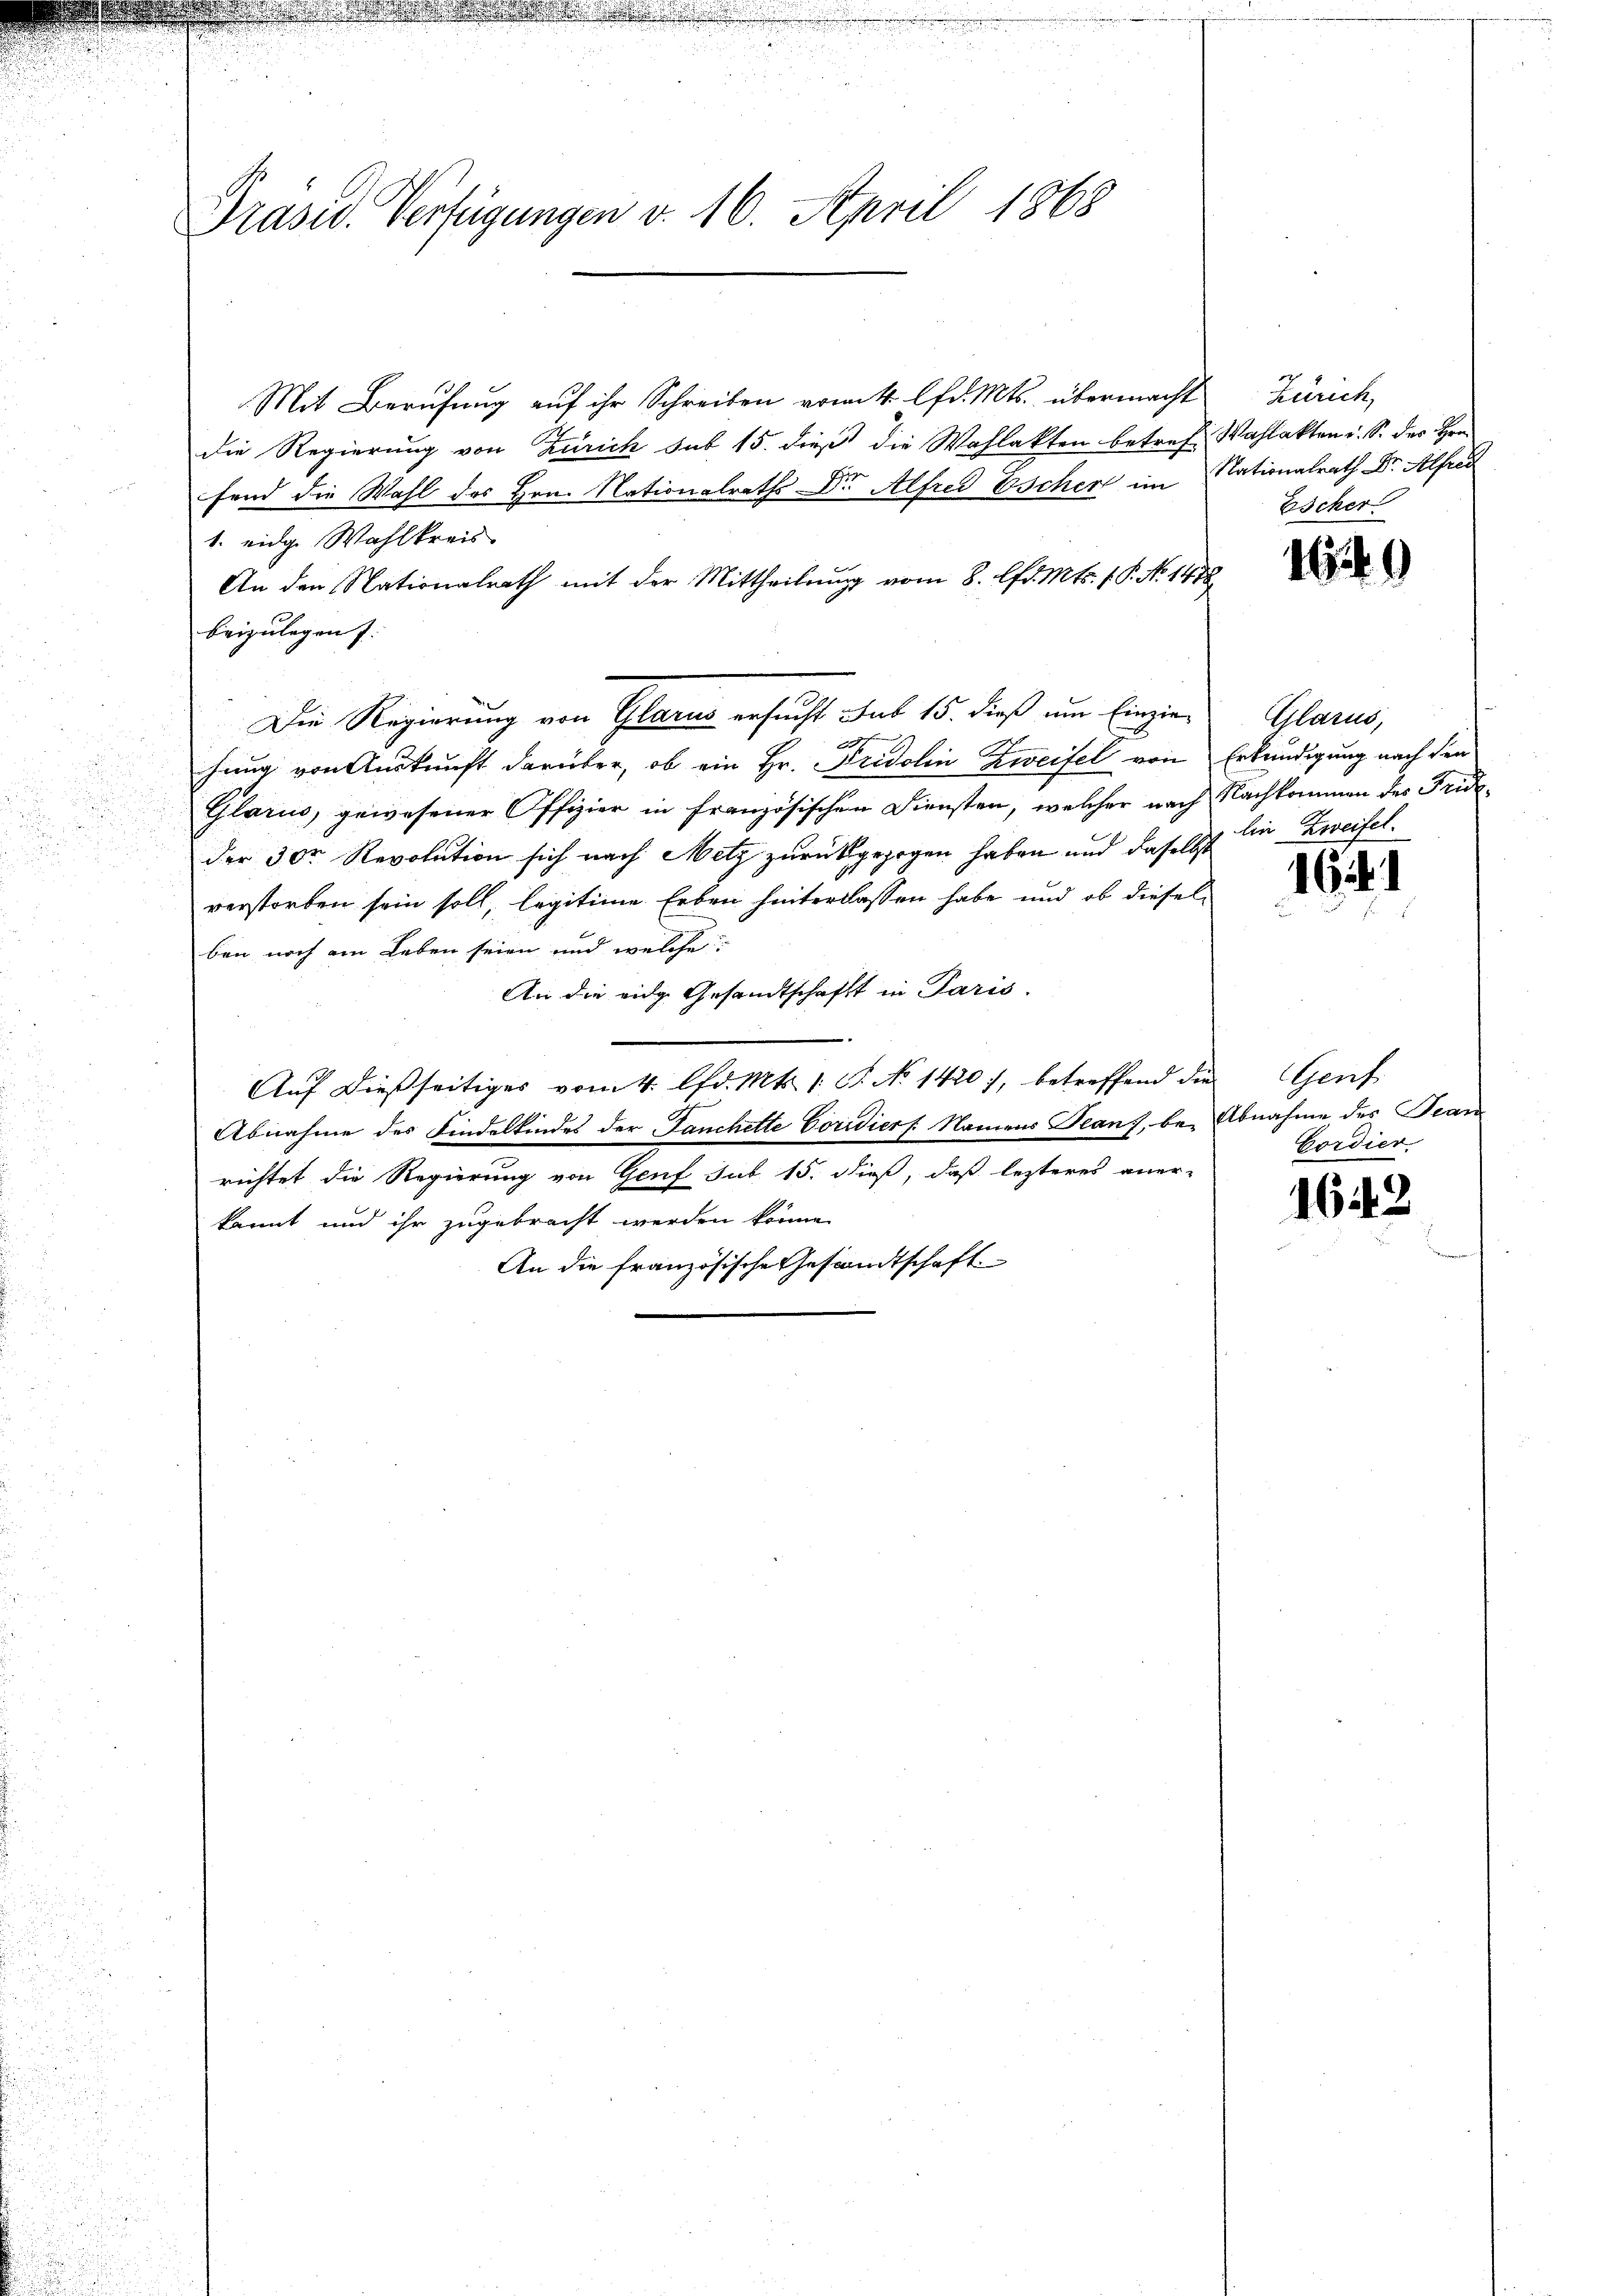
d
.

Präser. Verfügungen v. 16. April 1868

Mit Berufung auf ihr Schreiben vom 4. lfd. Mts. übermacht
die Regierung von Zürich sub 15. dieß die Wahlakten betref Wahlakten u. S. der Hrn
fend die Wahl des Hrn. Nationalraths Dr. Alfred Escher im Nationalrath Dr. Alfred
1. eidg. Wahlkreis
An den Nationalrath mit der Mittheilung vom 8. Apr. Mts. 1 P. No 1478
beizulegen.
Die Regierung von Glarus ersucht sub 15. dieß um Einziex
hung von Auskunft darüber, ob ein Hr. Fridolin Zweifel von
Glarus, gewesener Offizier in französischen Diensten, welcher nach Nachkommen des Frideder 300 Revolution sich nach Metz zurückgezogen haben und daselbst
verstorben sein soll, legitime Erben hinterlassen habe und ob dieselben noch am Leben seien und welche:
An die eidg. Gesandtschaft in Paris.
Auf dießseitiges vom 4. lfd. Mts. 1. St. No 1420), betreffend die Genf
Abnahme des Findelkindes der Fanchette Coridiers. Namens Teanz, bei Abnahme des Franz
richtet die Regierung von Genf sub 15. dieß, daß lezteres aner-
kannt und ihr zugebracht werden könne.
An die französische Gesandtschaft

Zürich,
Escher

1649

Glarus,
Erkundigung nach den
lin Zweifel.

16

Cordier

1643